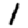
Digit: 1